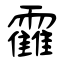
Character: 靃